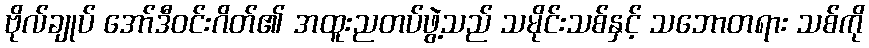
ဗိုလ်ချုပ် အော်ဒီဝင်းဂိတ်၏ အထူးညတပ်ဖွဲ့သည် သမိုင်းသစ်နှင့် သဘောတရား သစ်ကို